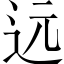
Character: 远